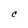
Character: C